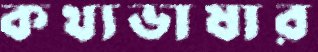
কথ্যভাষার